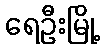
ရေဦးမြို့